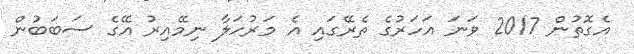
އެގޮތުން 2017 ވަނަ އަހަރުގެ ތެރޭގައި އެ މަރުހަލާ ނިމޭއިރު އޭގެ ސަބަބުން